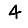
Digit: 4